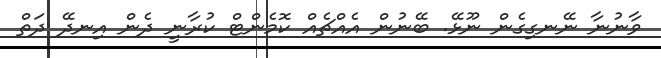
ވާނުނާ ނޭނގިގެން ނޫޅޭ. ބޭނުން އެއްޗެއް ކޮމެންޓް ކުރާނީ ދެން އިނދޭ ދަތް